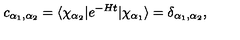
c _ { \alpha _ { 1 } , \alpha _ { 2 } } = \langle \chi _ { \alpha _ { 2 } } \vert e ^ { - H t } \vert \chi _ { \alpha _ { 1 } } \rangle = \delta _ { \alpha _ { 1 } , \alpha _ { 2 } } ,